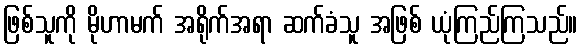
ဖြစ်သူကို မိုဟာမက် အရိုက်အရာ ဆက်ခံသူ အဖြစ် ယုံကြည်ကြသည်။